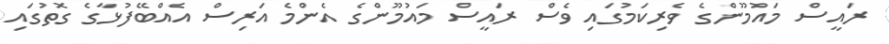
ރައީސް މައުމޫންގެ ވެރިކަމުގައި ވެސް ރައީސް މައުމޫންގެ އެންމެ އަރިސް އެއްބޭފުޅާގެ ގޮތުގައި